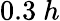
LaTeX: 0.3~h